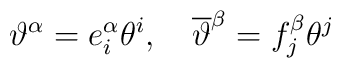
\vartheta ^\alpha =e_i^\alpha \theta ^i,\quad \overline{\vartheta }^\beta=f_j^\beta \theta ^j